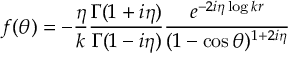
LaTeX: f ( \theta ) = - { \frac { \eta } { k } } { \frac { \Gamma ( 1 + i \eta ) } { \Gamma ( 1 - i \eta ) } } { \frac { e ^ { - 2 i \eta \log k r } } { ( 1 - \cos \theta ) ^ { 1 + 2 i \eta } } }